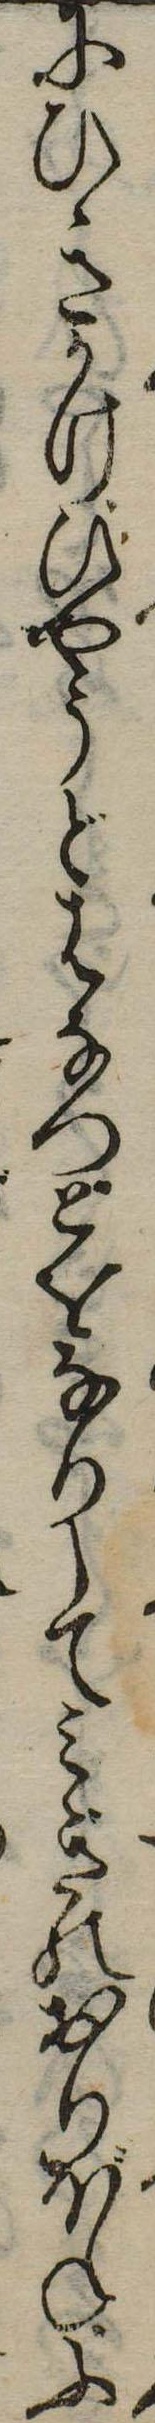
にひきかけひやうどはなつどをなりしてみぎのおりぼねふ